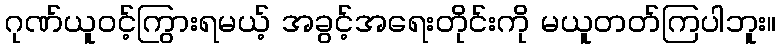
ဂုဏ်ယူဝင့်ကြွားရမယ့် အခွင့်အရေးတိုင်းကို မယူတတ်ကြပါဘူး။